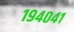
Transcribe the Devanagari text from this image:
१९४०४१